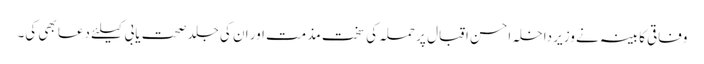
وفاقی کابینہ نے وزیر داخلہ احسن اقبال پر حملہ کی سخت مذمت اور ان کی جلد صحت یابی کیلئے دعا بھی کی۔